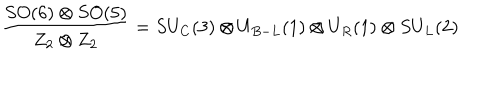
\frac { S O ( 6 ) \otimes S O ( 5 ) } { Z _ { 2 } \otimes Z _ { 2 } } = S U _ { C } ( 3 ) \otimes U _ { B - L } ( 1 ) \otimes U _ { R } ( 1 ) \otimes S U _ { L } ( 2 )